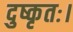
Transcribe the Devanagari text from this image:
दुष्कृतः।